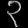
Digit: ၃